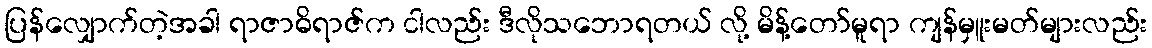
ပြန်လျှောက်တဲ့အခါ ရာဇာဓိရာဇ်က ငါလည်း ဒီလိုသဘောရတယ် လို့ မိန့်တော်မူရာ ကျန်မှူးမတ်များလည်း